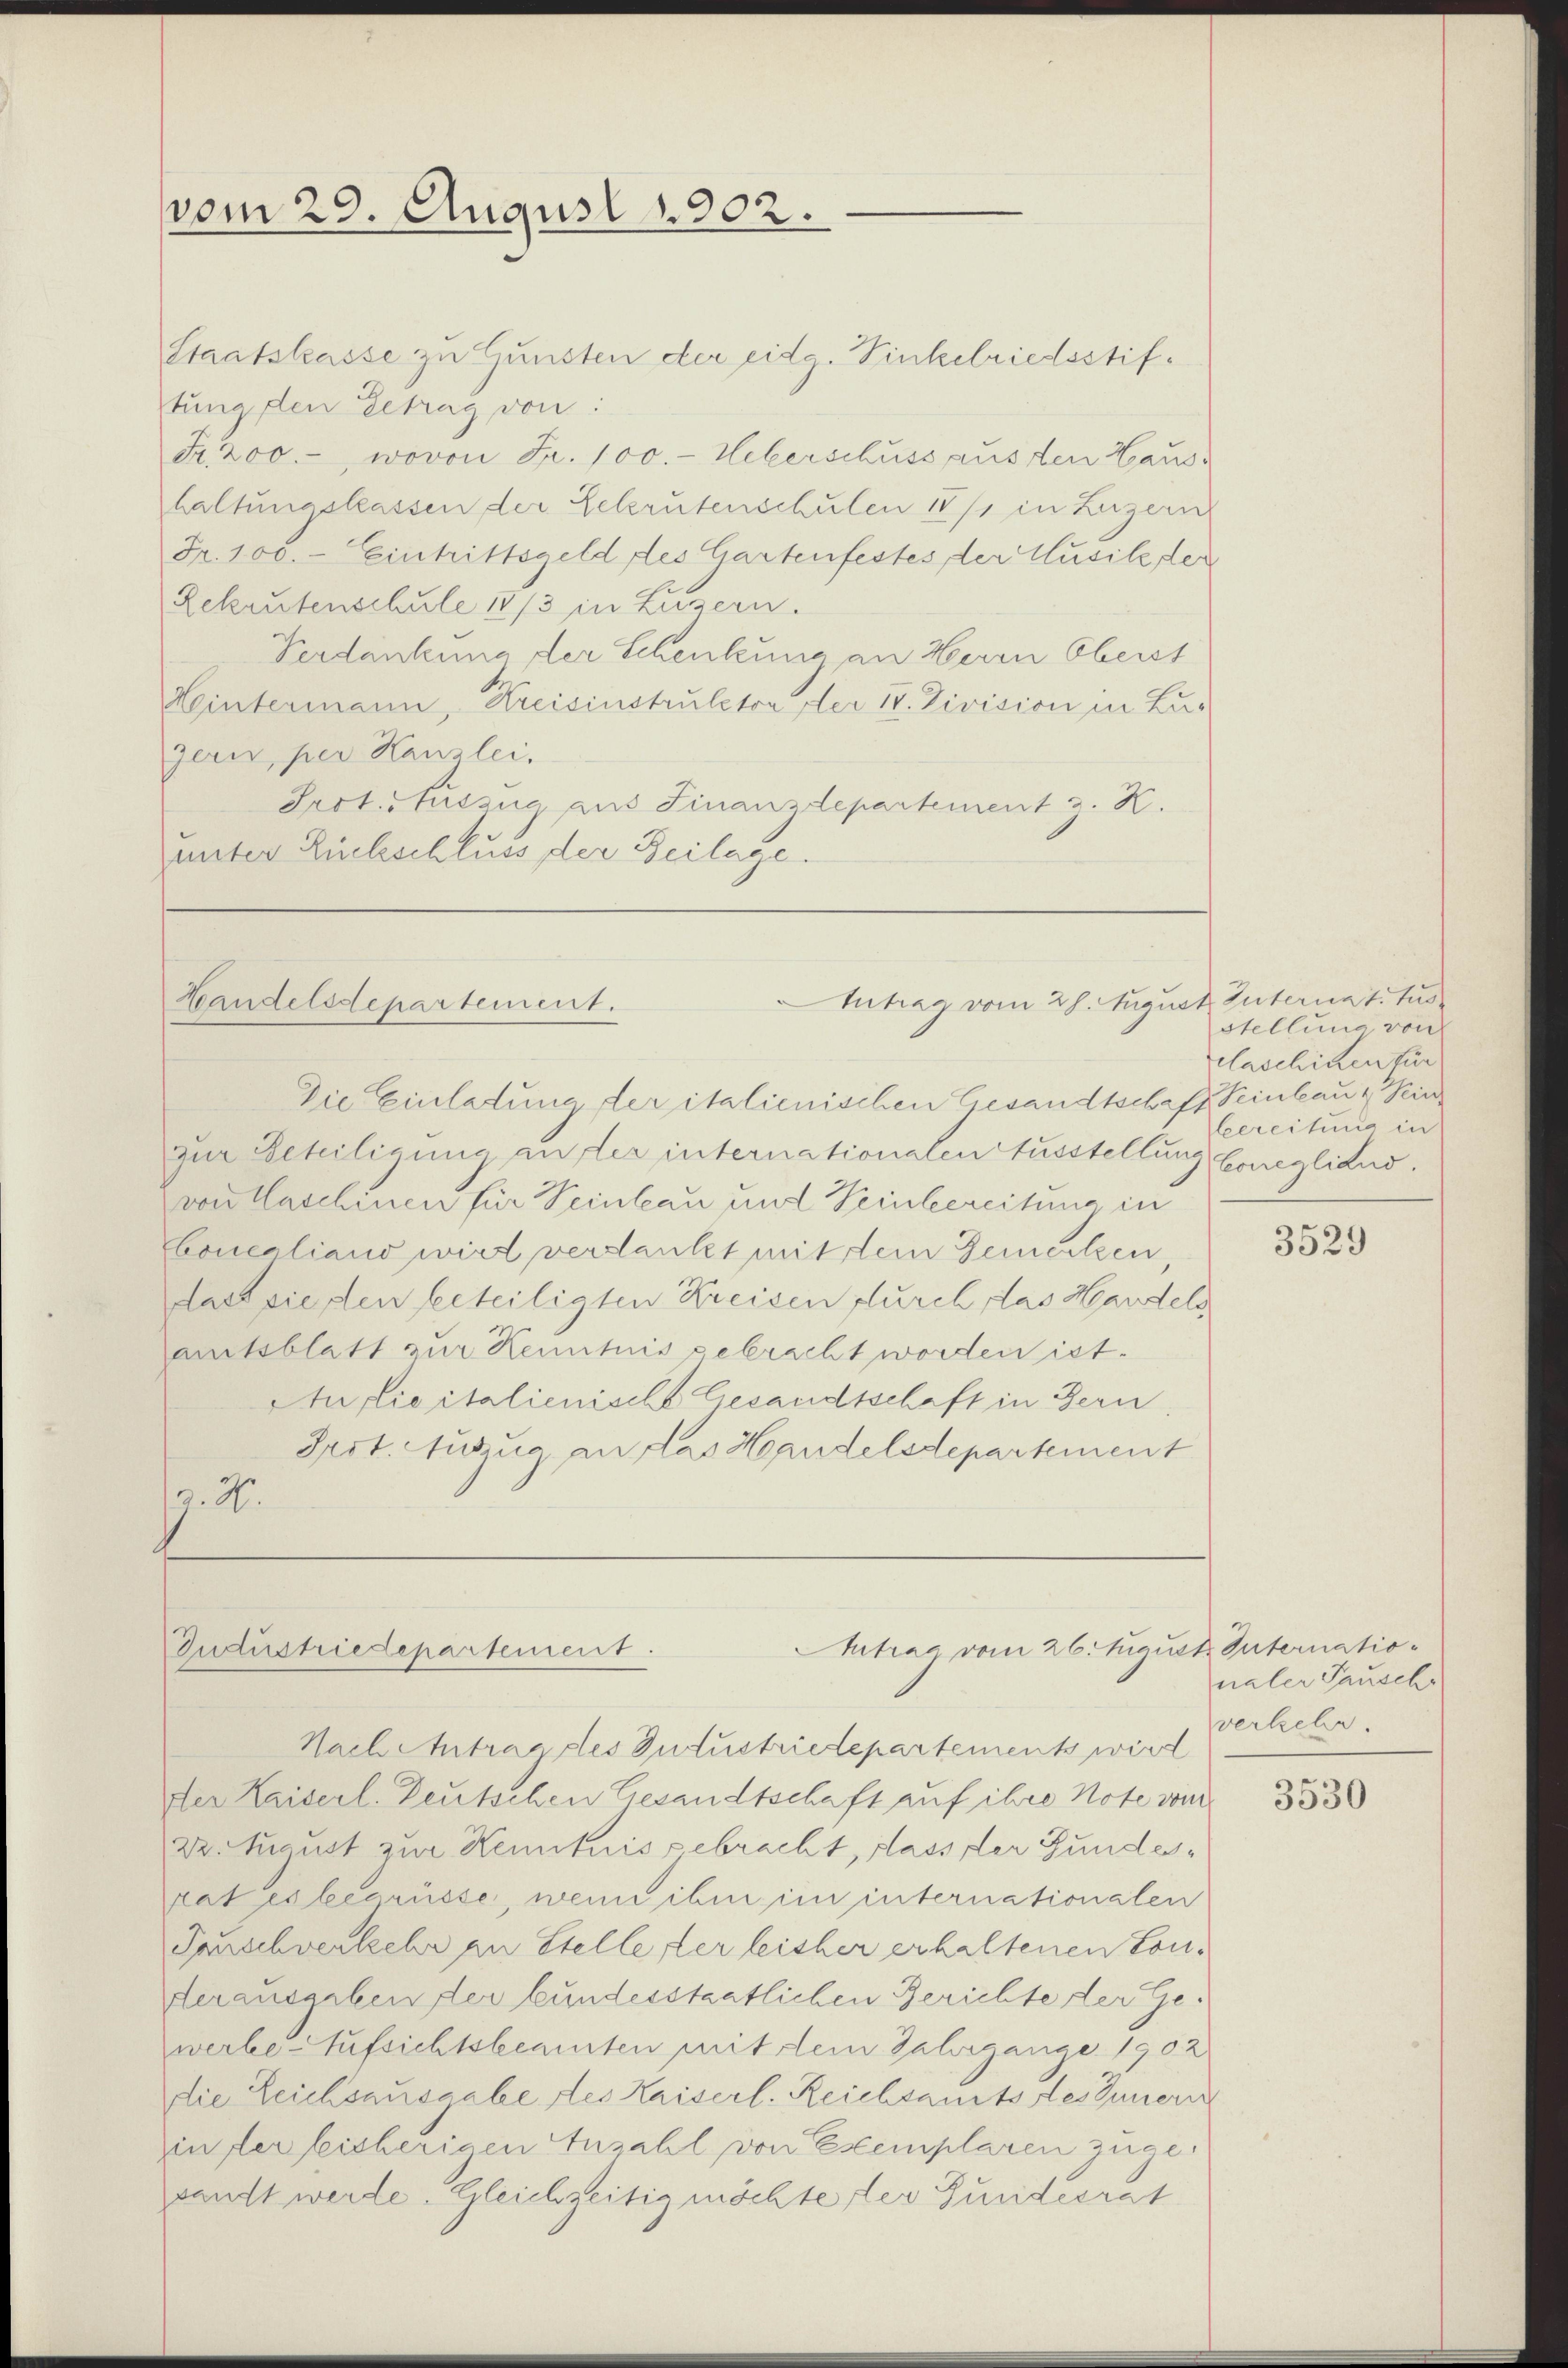
vom 29. August 1902.

Staatskasse zu Gunsten der eidg. Vinkelriedsstiftung den Getrag von:
Fr. 200. wovon Fr. 100.- Weberschuss aus den Haus
haltungskassen der Sekrutenschulen 1871 in Luzern
Fr. 100. - Eintrittsgeld des Gartenfestes der Musikeder
Rekrutenschule 1873 in Luzern.
Verdankung der Schenkung an Herrn Oberst
Hintermann, Kreisinstruktor der IV. Division in Lugern, per Kanzlei,
Prot. Auszug aus Finanzdepartement z. K.
unter Einbeschluss der Beilage.

Intrag vom 28. August Internat. 10
Handelsdepartement.
Die Einladung der italienischen Gesandtschaft Peinlau & Kin

zur Beteiligung an der internationalen Ausstellung berueglitud.
von Maschinen für einbau und Weinbereitung in
boucaliano wird verdankt mit dem Gemerken,
das vierten beteiligten Kreisen durch das Handels
amtsblatt zur Kenntnis gebracht worden ist.
An die italienische Gesandtschaft in Bern
Irst. Auszug an das Handelsdepartement
9.2.

Aitrag vom 26. August. Internatio¬
Industriedepartement.

Nach Antrag des Intustriedepartements wird
er Kaiserl. Deutschen Gesandtschaft auf ihre Note ver
22. taust zur Kenntnis gebracht, dass der Gundesrat es begrüsse, wenn ihm im internationalen
Tauschverkehr an Stelle der leisher erhaltenen Conderausgaben der bundesstaatlichen Berichte der Gewerbe Aufsichtskennten mit dem Jahrgange 1902
die Leichsausgabe des Kaiserl. Reichsamts des Innern
in der bisherigen Anzahl von Exemplaren zugesandt werde. Gleichzeitig möchte der Gundesrat

stellung von
claschiken tur
bereitung in

3529

naler Tauschr
verkehr.

3530